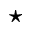
^ { \star }